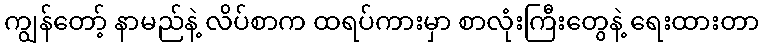
ကျွန်တော့် နာမည်နဲ့ လိပ်စာက ထရပ်ကားမှာ စာလုံးကြီးတွေနဲ့ ရေးထားတာ